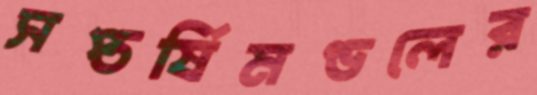
সপ্তর্ষিমণ্ডলের